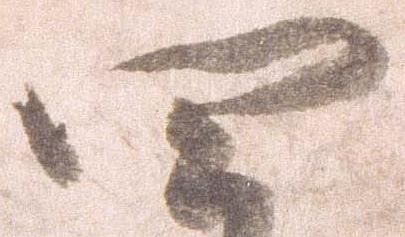
四